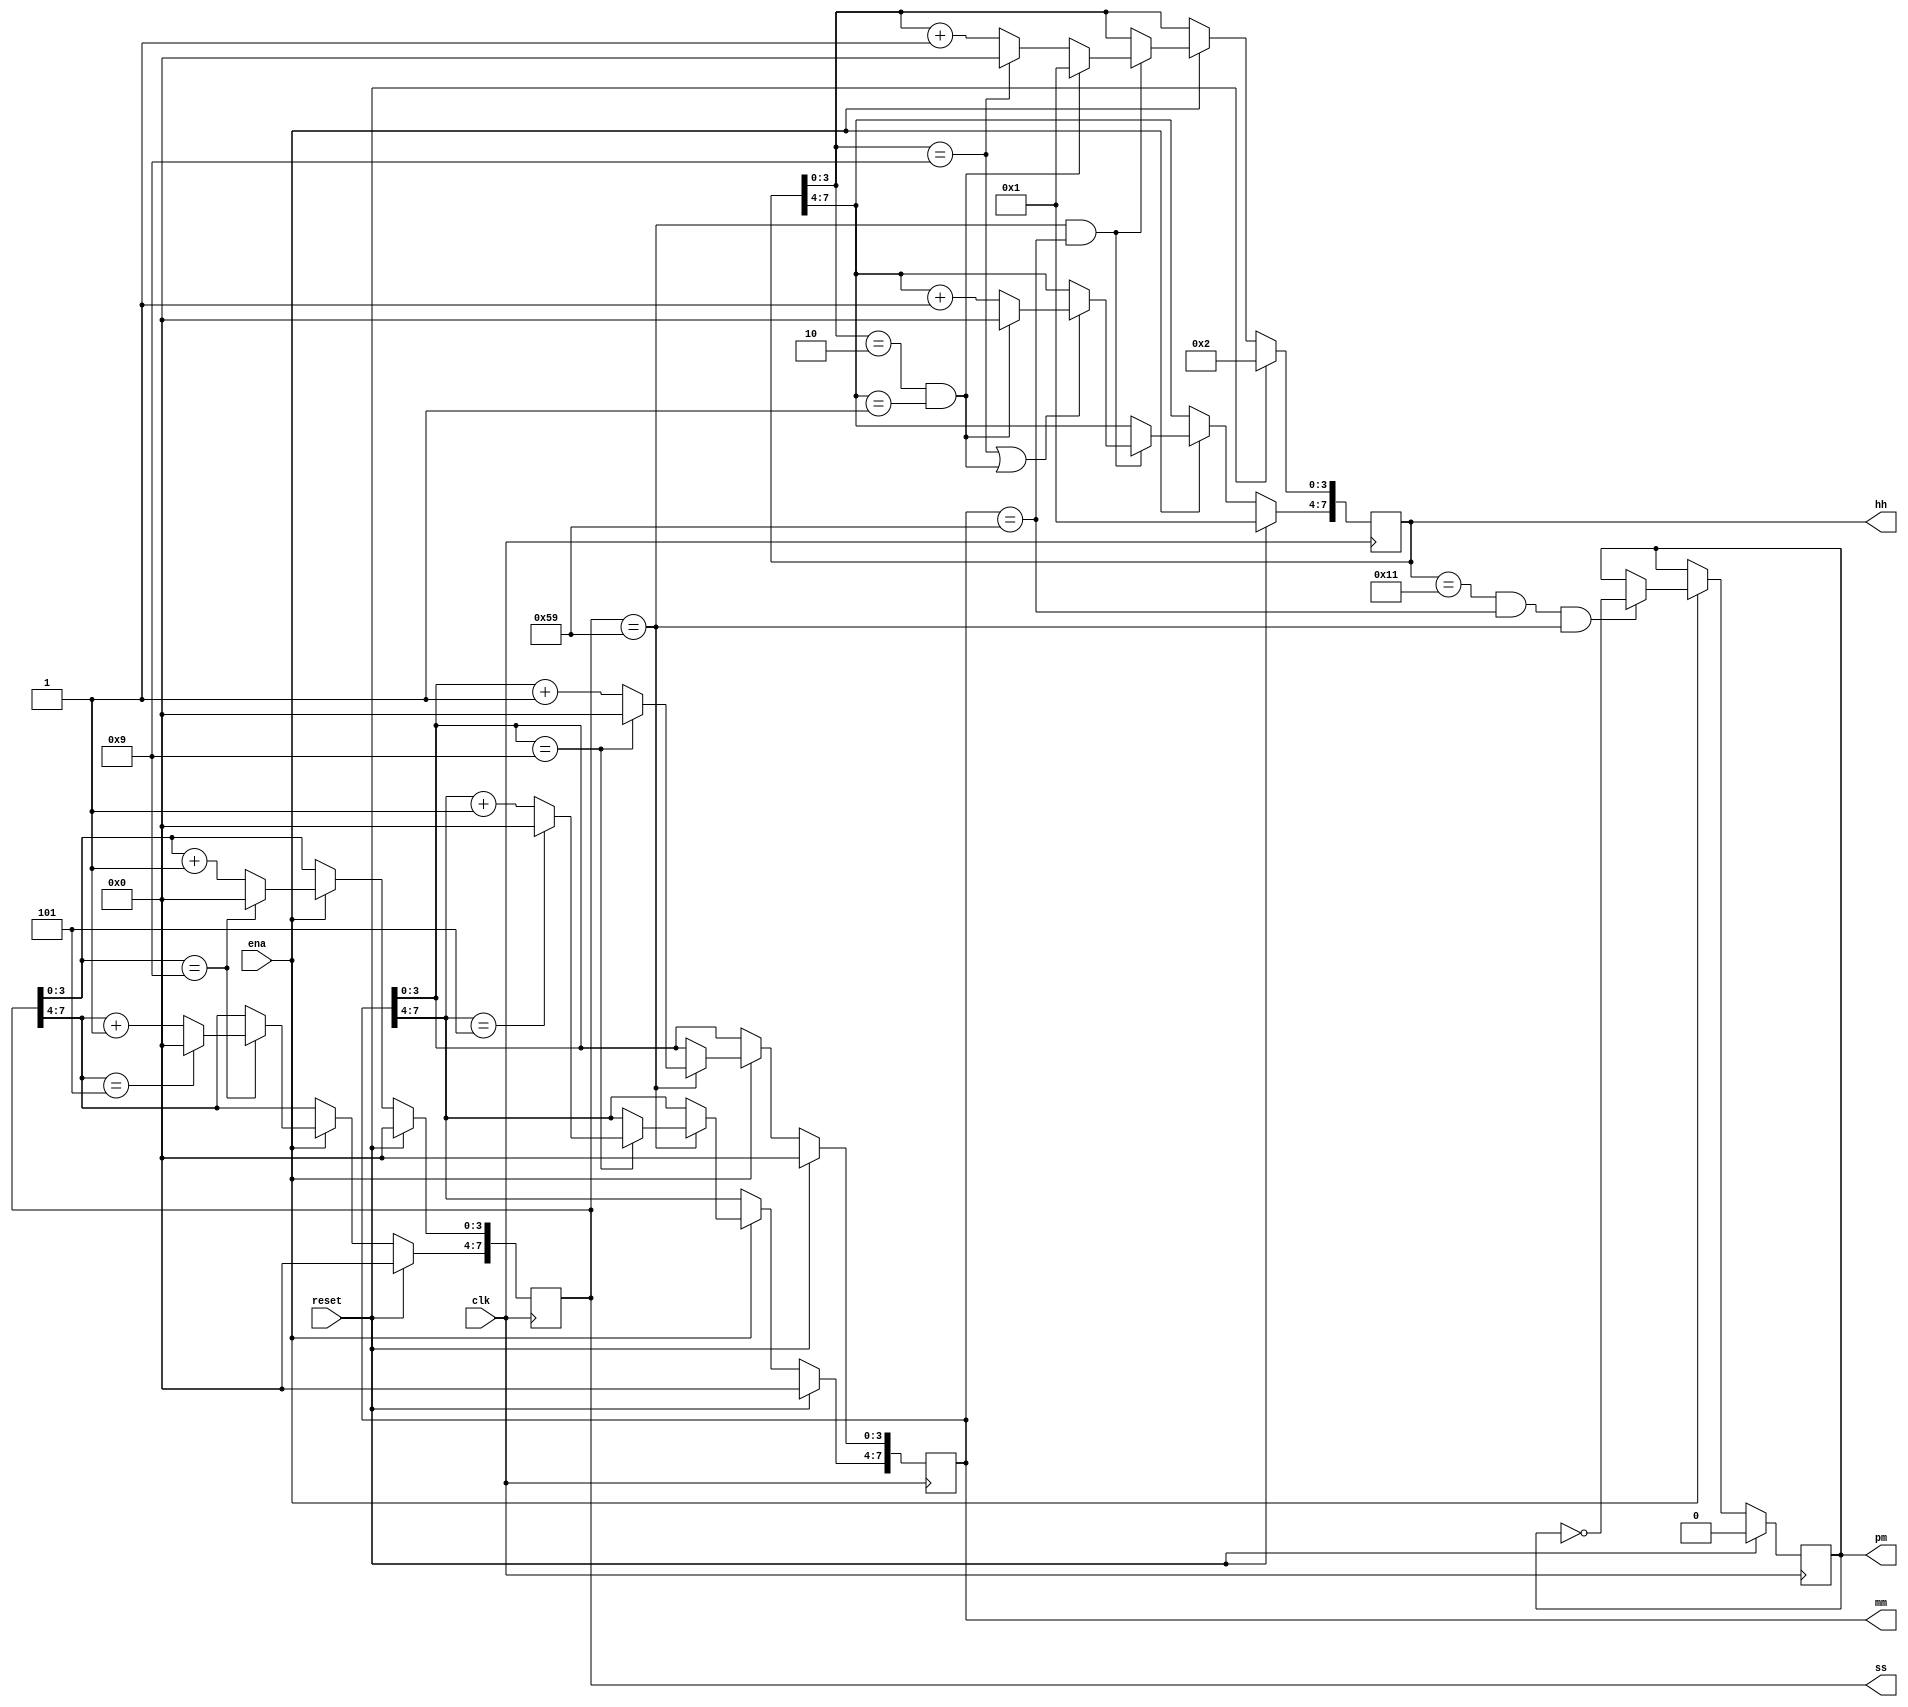
module top_module(
    input clk,
    input reset,
    input ena,
    output pm,
    output [7:0] hh,
    output [7:0] mm,
    output [7:0] ss
); 

wire [7:0] hh_nxt, mm_nxt, ss_nxt;
reg  [7:0] hh_reg, mm_reg, ss_reg;
reg pm_nxt;
reg pm_reg;

assign ss_nxt[3:0] = ss_reg[3:0] == 4'h9 ? 4'h0 : ss_reg[3:0] + 1'b1;
assign ss_nxt[7:4] = ss_reg[7:4] == 4'h5 ? 4'h0 : ss_reg[7:4] + 1'b1;
assign mm_nxt[3:0] = mm_reg[3:0] == 4'h9 ? 4'h0 : mm_reg[3:0] + 1'b1;
assign mm_nxt[7:4] = mm_reg[7:4] == 4'h5 ? 4'h0 : mm_reg[7:4] + 1'b1;

assign hh_nxt[3:0] = (hh_reg[3:0] == 4'h2 & hh_reg[7:4] == 4'h1) ? 4'h1 : (hh_reg[3:0] == 4'h9 ? 4'h0 : hh_reg[3:0] + 1'b1);
assign hh_nxt[7:4] = (hh_reg[3:0] == 4'h2 & hh_reg[7:4] == 4'h1) ? 4'h0 : hh_reg[7:4] + 1'b1;

assign pm_nxt = (hh_reg == 8'h11 & mm_reg == 8'h59 & ss_reg == 8'h59) ? ~pm_reg : pm_reg;

always @ (posedge clk) begin
    if (reset) begin
        hh_reg <= 8'h12;
        mm_reg <= 8'h00;
        ss_reg <= 8'h00;
        pm_reg <= 1'b0;
    end
    else begin
        if (ena) begin
            ss_reg[3:0] <= ss_nxt[3:0];
            if (ss_reg[3:0] == 4'h9)  ss_reg[7:4] <= ss_nxt[7:4];

            if (ss_reg == 8'h59) begin
                mm_reg[3:0] <= mm_nxt[3:0];
                if (mm_reg[3:0] == 4'h9) mm_reg[7:4] <= mm_nxt[7:4];
            end
            
            if (ss_reg == 8'h59 & mm_reg == 8'h59) begin
                hh_reg[3:0] <= hh_nxt[3:0];
                if (hh_reg[3:0] == 4'h9 | (hh_reg[3:0] == 4'h2 & hh_reg[7:4] == 4'h1)) hh_reg[7:4] <= hh_nxt[7:4];
            end

            pm_reg <= pm_nxt;
        end
    end
end

assign {hh, mm, ss, pm} = {hh_reg, mm_reg, ss_reg, pm_reg};

endmodule